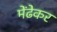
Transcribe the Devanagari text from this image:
मेंढेकर